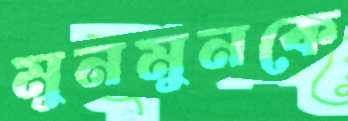
মুনমুনকে